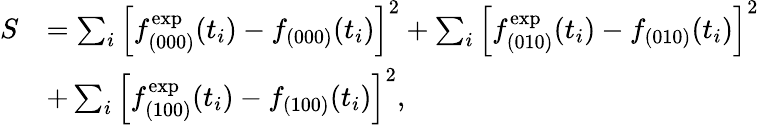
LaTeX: \begin{array}{rl}{S}&{=\sum_{i}\left[f_{(000)}^{\mathrm{exp}}(t_{i})-f_{(000)}(t_{i})\right]^{2}+\sum_{i}\left[f_{(010)}^{\mathrm{exp}}(t_{i})-f_{(010)}(t_{i})\right]^{2}}\\ &{+\sum_{i}\left[f_{(100)}^{\mathrm{exp}}(t_{i})-f_{(100)}(t_{i})\right]^{2},}\end{array}